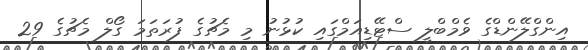
އިންގްލޭންޑްގެ ވެމްބްލީ ސްޓޭޑިއަމްގައި ކުޅުނު މި މެޗުގެ ފުރަތަމަ ގޯލް މެޗުގެ 29